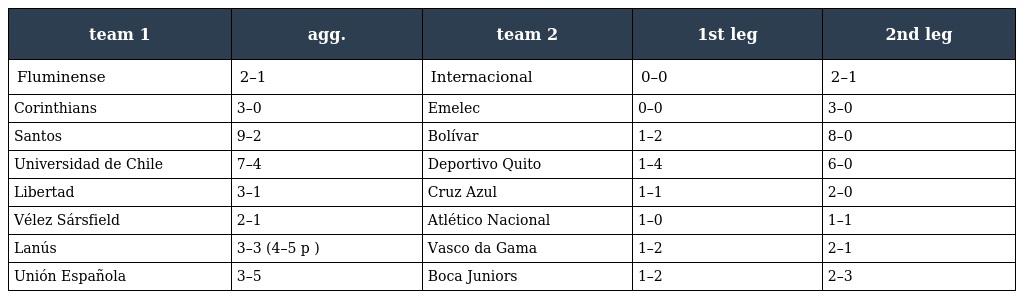
| team 1 | agg. | team 2 | 1st leg | 2nd leg |
 | --- | --- | --- | --- | --- |
 | Fluminense | 2–1 | Internacional | 0–0 | 2–1 |
 | Corinthians | 3–0 | Emelec | 0–0 | 3–0 |
 | Santos | 9–2 | Bolívar | 1–2 | 8–0 |
 | Universidad de Chile | 7–4 | Deportivo Quito | 1–4 | 6–0 |
 | Libertad | 3–1 | Cruz Azul | 1–1 | 2–0 |
 | Vélez Sársfield | 2–1 | Atlético Nacional | 1–0 | 1–1 |
 | Lanús | 3–3 (4–5 p ) | Vasco da Gama | 1–2 | 2–1 |
 | Unión Española | 3–5 | Boca Juniors | 1–2 | 2–3 |